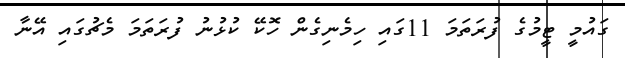
ގައުމީ ޓީމުގެ ފުރަތަމަ 11ގައި ހިމެނިގެން ހޮކޭ ކުޅުނު ފުރަތަމަ މެޗުގައި އޭނާ